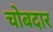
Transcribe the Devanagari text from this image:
चोबदार